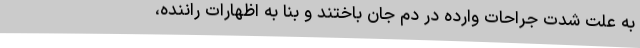
به علت شدت جراحات وارده در دم جان باختند و بنا به اظهارات راننده،